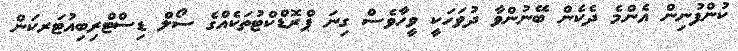
ކުންފުނިން އެންމެ ދެކެން ބޭނުންވާ ދުވަހަކީ ވީހާވެސް ގިނަ ޕްރޮޑްކްޓުތަކެއްގެ ސޯލް ޑިސްޓްރިބިއުޓަރކަން